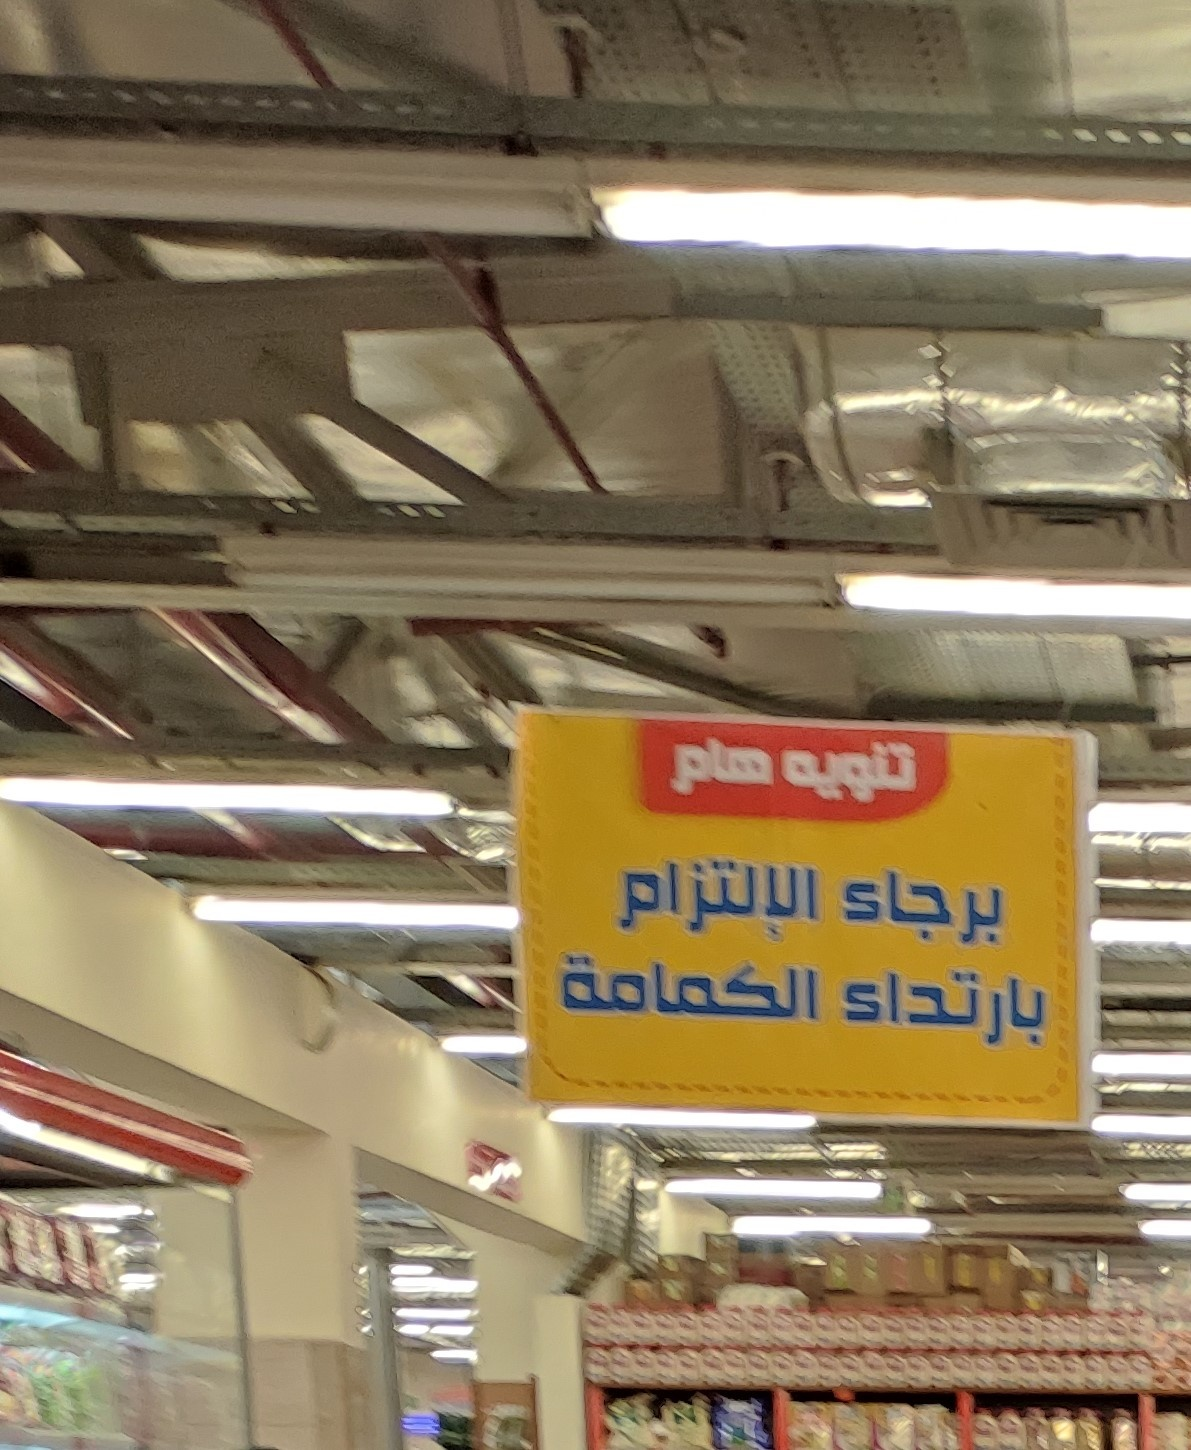
Text in image: هام تنويه الإلتزام برجاء الكمامة بارتداء